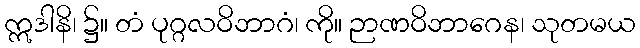
ဣဒါနိ၊ ၌။ တံ ပုဂ္ဂလဝိဘာဂံ၊ ကို။ ဉာဏဝိဘာဂေန၊ သုတမယ